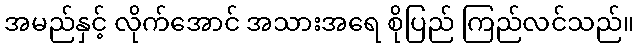
အမည်နှင့် လိုက်အောင် အသားအရေ စိုပြည် ကြည်လင်သည်။